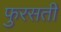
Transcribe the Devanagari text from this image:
फुरसती